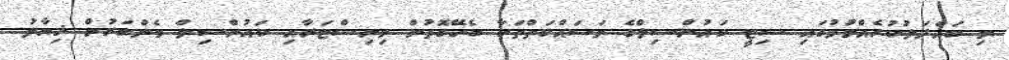
މި ބައްދަލުކުރެއްވުމުގައި ސިޓީ ކައުންސިލްގެ މަސައްކަތްތަކާ ބެހޭގޮތުން މިނިސްޓަރާއި ކައުންސިލް މެންބަރުން ޚިޔާލު